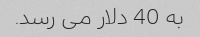
به 40 دلار می رسد.